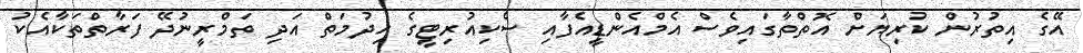
އޭގެ އިތުރުން ކުރިޔަށް އޮތްތާގައިވެސް އެމްއެންޑީއެފާއި ސެކިއުރިޓީގެ ހިދުމަތް އަދި ތަމްރީނުދޭ ފަރާތްތަކާއެކު